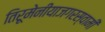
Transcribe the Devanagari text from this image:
तिरूमेनीयाजगरस्वामी